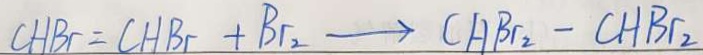
C H B r = C H B r + B r _ { 2 } \rightarrow C H B r _ { 2 } - C H B r _ { 2 }